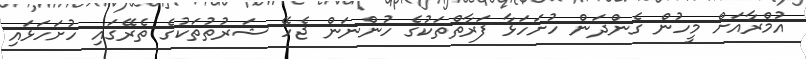
އުމްރާއަށް މީހުން ގެންދަން ހުށަހަޅާ ފަރާތްތަކުގެ ހުންނަން ޖެހޭ ޝަރުތުތަކުގެ ތެރޭގައި ހުށަހަޅައި